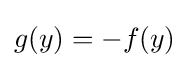
g(y)=-f(y)